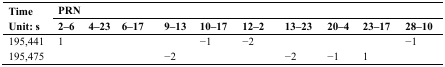
<table><thead><tr><td rowspan="2"><b>Time Unit: s</b></td><td colspan="10"><b>PRN</b></td></tr><tr><td><b>2–6</b></td><td><b>4–23</b></td><td><b>6–17</b></td><td><b>9–13</b></td><td><b>10–17</b></td><td><b>12–2</b></td><td><b>13–23</b></td><td><b>20–4</b></td><td><b>23–17</b></td><td><b>28–10</b></td></tr></thead><tbody><tr><td>195,441</td><td>1</td><td></td><td></td><td></td><td>−1</td><td>−2</td><td></td><td></td><td></td><td>−1</td></tr><tr><td>195,475</td><td></td><td></td><td></td><td>−2</td><td></td><td></td><td>−2</td><td>−1</td><td>1</td><td></td></tr></tbody></table>